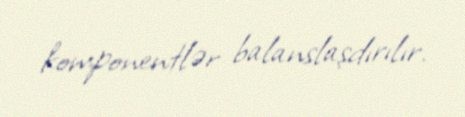
komponentlər balanslaşdırılır.